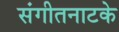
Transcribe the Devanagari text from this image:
संगीतनाटके